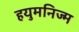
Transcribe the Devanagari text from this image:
हयुमनिज्म